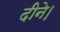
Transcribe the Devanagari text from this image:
दीने।